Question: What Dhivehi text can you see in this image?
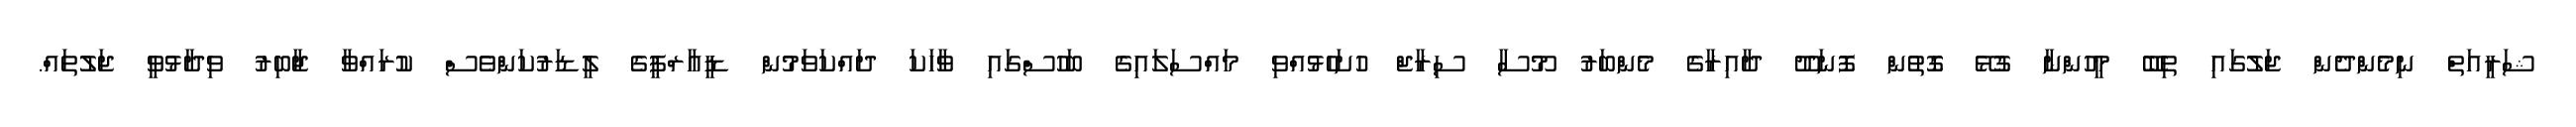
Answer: ޝަރީއަތް ނިމެންދެން ޖަލުގައި ތިބޭ މީހުންނާ ގުޅޭ ގޮތުން ފޮނަދޫ ދާއިރާގެ މެންބަރު މޫސާ ސިރާޖް ހުށަހެޅުއްވި މައްސަލައިގެ ބަހުސްގައި ވާހަކަ ދައްކަވަމުން ޑީއާރްޕީގެ ލީޑަރުކަންވެސް ކުރައްވާ ޖާބިރު ވިދާޅުވީ ޖަލުތައް.